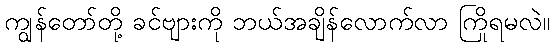
ကျွန်တော်တို့ ခင်ဗျားကို ဘယ်အချိန်လောက်လာ ကြိုရမလဲ။